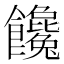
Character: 饞